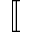
[ \! [